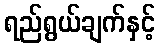
ရည်ရွယ်ချက်နှင့်